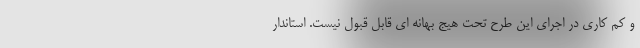
و کم کاری در اجرای این طرح تحت هیج بهانه ای قابل قبول نیست. استاندار